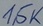
Text: 1,5K